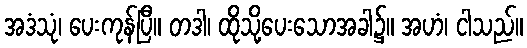
အဒံသုံ၊ ပေးကုန်ပြီ။ တဒါ၊ ထိုသို့ပေးသောအခါ၌။ အဟံ၊ ငါသည်။